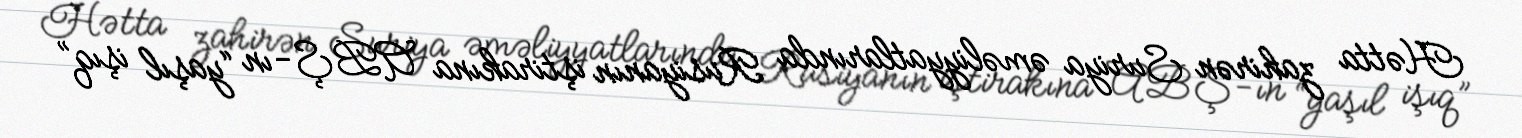
Hətta zahirən Suriya əməliyyatlarında Rusiyanın iştirakına ABŞ-ın “yaşıl işıq”